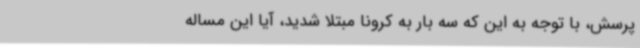
پرسش، با توجه به این که سه بار به کرونا مبتلا شدید، آیا این مساله